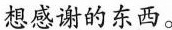
想感谢的东西。